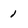
Character: 1